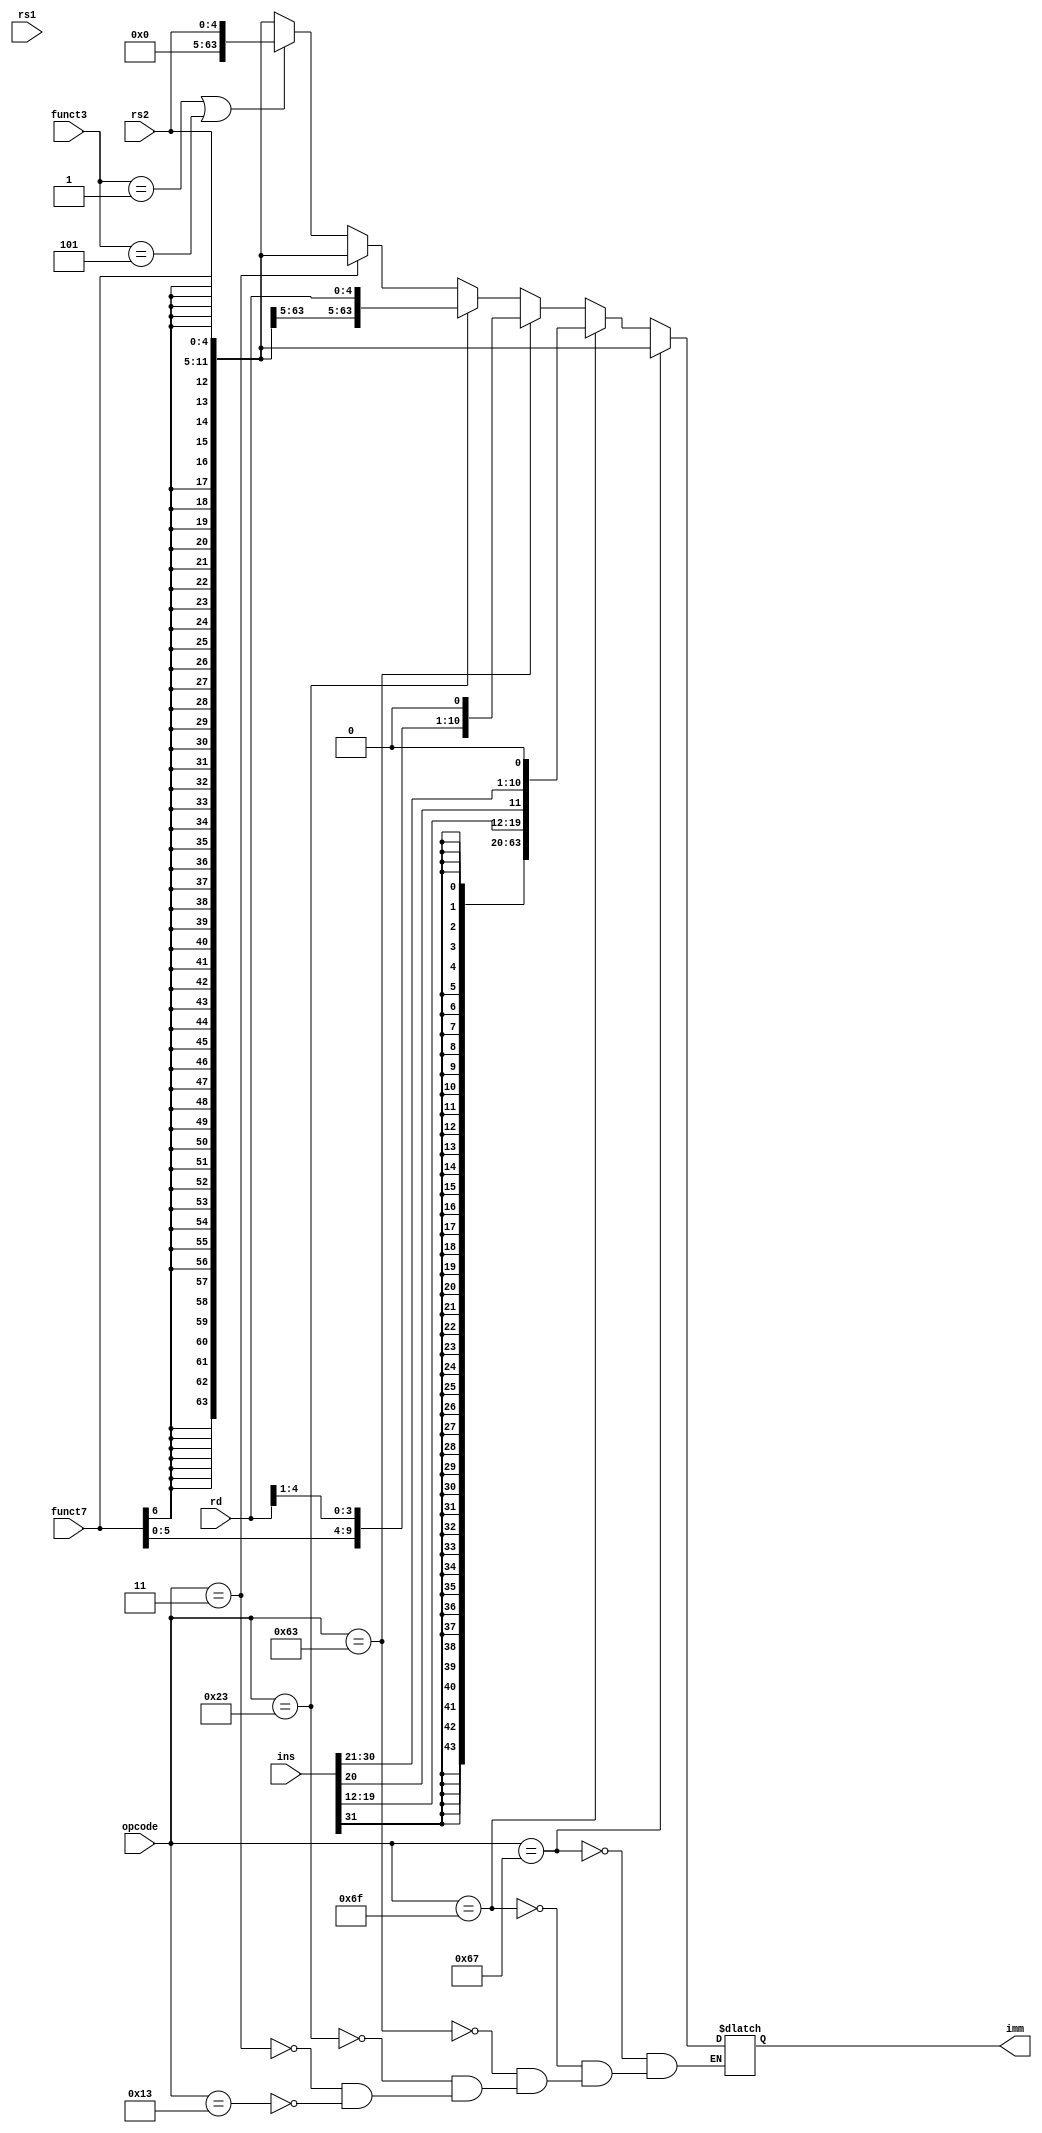
`timescale 1ns / 1ps
//////////////////////////////////////////////////////////////////////////////////
// Company: 
// Engineer: 
// 
// Design Name: 
// Module Name: ImmGen
// Project Name: 
// Target Devices: 
// Tool Versions: 
// Description: 
// 
// Dependencies: 
// 
// Revision:
// Revision 0.01 - File Created
// Additional Comments:
// 
//////////////////////////////////////////////////////////////////////////////////


module ImmGen(
    input [6:0] opcode,funct7,
    input [4:0] rs1,rs2,rd,
    input [2:0] funct3,
    input [31:0] ins,
    output reg [63:0] imm
    
    );
    
    reg [11:0] temp;
    reg [12:0] temp1;
    reg [4:0] shamt;
    reg [19:0] Jtemp;
    reg [20:0] Ktemp;
    
always@(*)
begin
    
    //Itype
    if(opcode == 7'b0010011)
    begin
        if(funct3 == 3'b001 || funct3 == 3'b101)
        begin
            shamt = rs2;
            imm = shamt;
        end
        else
        begin
            temp = {funct7,rs2};
            imm = $signed(temp);
        end
    end
    
    //Load
    if(opcode == 7'b0000011)
    begin
        temp = {funct7,rs2};
        imm = $signed(temp);
    end
    //Store
    if(opcode == 7'b0100011)
    begin
        temp = {funct7,rd};
        imm = $signed(temp);
    end
    //SB -TYPE
    if(opcode == 7'b1100011)
    begin
        temp1 = {ins[31],ins[7],funct7[5:0],rd[4:1],1'b0};
        imm = $signed(temp1);
    end
    //JAL - UJ Format
    if(opcode == 7'b1101111)
    begin
        Ktemp = {ins[31],ins[19:12],ins[20],ins[30:21],1'b0};
        imm = $signed(Ktemp);
    end
   //JALR 
    if(opcode == 7'b1100111)
    begin
        temp = {funct7,rs2};
        imm = $signed(temp);
    end
end
endmodule